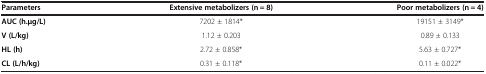
<table><thead><tr><td><b>Parameters</b></td><td><b>Extensive metabolizers (n = 8)</b></td><td><b>Poor metabolizers (n = 4)</b></td></tr></thead><tbody><tr><td><b>AUC (h.μg/L)</b></td><td>7202 ± 1814*</td><td>19151 ± 3149*</td></tr><tr><td><b>V (L/kg)</b></td><td>1.12 ± 0.203</td><td>0.89 ± 0.133</td></tr><tr><td><b>HL (h)</b></td><td>2.72 ± 0.858*</td><td>5.63 ± 0.727*</td></tr><tr><td><b>CL (L/h/kg)</b></td><td>0.31 ± 0.118*</td><td>0.11 ± 0.022*</td></tr></tbody></table>